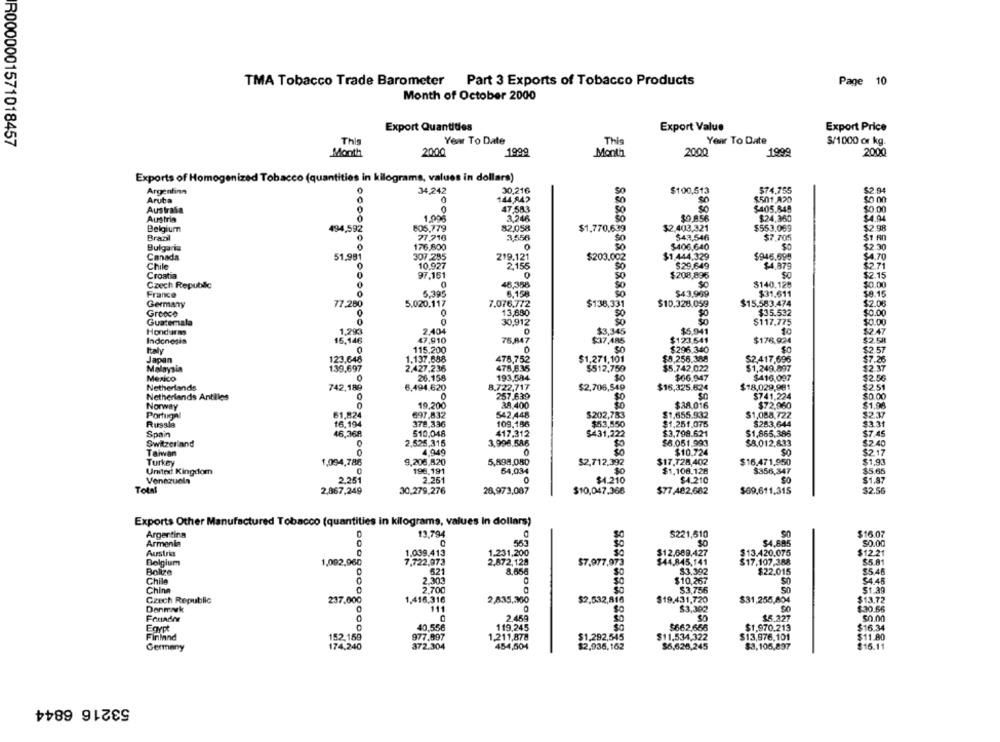
TMA Tobacco Trade Barometer Part 3 Exports of Tobacco Products
Page 10
Month of October 2000
Export Quantities
Export Value
Export Price
R0000001571018457
This
Year To Date
This
Year To Date
$/1000 or kg.
Mont
2000
1999
Month
2000
1999
2000
Exports of Homogenized Tobacco (quantities in kilograms, values in dollars)
Argentinn
0
34,242
30,216
$100,513
$74,755
$2.94
Aruba
144,842
50
$501,A20
47,583
50
$405.849
Australia
.0
$0.00
Austria
1.000
3,246
$0.856
$24,360
Belgium
494,592
805.779
82.058
$1.770,639
$2.403.321
$553.069
$2.98
Brazil
0
77.216
3,556
$43,546
$7,705
176,800
Bulgaria
0
0
$406,640
$2.30
Canada
51.981
307.295
219.121
$203.002
$1,444,329
$946.599
24.70
Chile
10.927
2.155
$29.649
$1.879
Croatia
97,161
0
$208,896
15
46,358
SO
$140.128
Czech Republic
0
0.00
France
5.395
8.158
80
$43,999
$31.611
8.15
Germany
5.020.117
7.076.772
$138.331
$10.328.059
$15.583.474
2.08
Greece
13,880
$0
$35.532
$0.00
0
Guatemala
0
30,912
50
$117.775
$0.00
Honduras
1.293
2,404
$3,345
$5.941
$247
Indonesis
47,910
76,847
$37,485
$123.541
$176.924
$2.58
115.200
$296.340
Italy
$2.57
Japan
1.137.888
478,752
NONOS
$1,271,101
$8,256.388
$2.417,696
$7.26
Malaysia
139.697
2.427,236
478,835
$512,750
$5.742.022
$1,249.897
$2.37
Mexico
26.158
193,594
SO
$66.947
$416,097
$2.56
Netherlands
6,494.620
8.722,717
$16,325.624
$18,029,981
$2.51
$2,706,549
Netherlands Antilles
257.639
$0
$741.224
$0.00
Norway
19,200
38.400
$38.016
$72.960
$1,98
Portuga
61.824
697.832
542,448
$202,783
$1,655.932
$1,088,722
Russia
16,194
378.336
109.186
$53,550
$1,251,075
$283.644
83.31
Spain
46,368
510,048
417.312
$431,222
$3,798.621
$1,865.386
$7.45
Switzerland
2,525.315
3.996.586
$6.051,993
$8.012,833
$2.40
Tanwvan
4.949
$10.724
$2.17
Turkey
9,206,820
5,898,080
$2,712,392
$17.728,402
$16,471,950
1,094,786
$1,93
United Kingdom
196.191
54,034
$1.108.128
$356,347
$5.65
Venezuela
2,251
2.251
$1.210
$4.210
$1.87
Total
30,279,276
$2.56
2,867,249
28,973,087
$10,047.366
$77,482,682
$69,611,315
Exports Other Manufactured Tobacco (quantities in kilograms, values In dollars)
Argentina
13.794
S221,510
$16.07
563
$4,695
50.00
Armenia
Austria
1.039.413
1.231,200
$12.689.427
$13.420.075
$12.21
Belgium
1,092,960
2.872,128
$7.977,973
$44,845,141
$17,107.388
$5.81
Boltze
621
8.668
53.392
$22.015
54 45
Chile
2.303
SO
$10,267
China
2.700
53,756
50
$1.39
Czech Republic
237.000
1,416.316
2,835,300
$2,532,816
$19.431,720
$31,255,804
$13.72
Denmak
111
$3,302
$30.56
Founder
2.459
$5.327
$0.00
Egypt
40,556
119,245
$662,656
$1,970.213
$16.34
Finland
152,159
1.211,878
$1,292,545
$11,534,322
$13,976,101
$11.80
174,240
454,504
$2,936,162
$6,628,245
$3,105,897
$16.11
Germany
53216 6844